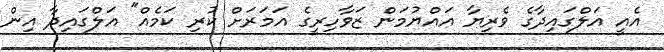
އެއީ އަލްގައިދާގެ ވެރިޔާ އައްޔުމަން ޒަވާހިރީގެ އަމަރަށް ކުރި ކަމެއް" އަލްގައިދާ އިން